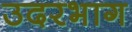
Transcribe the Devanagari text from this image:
उदरभाग